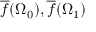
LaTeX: { \overline { { f } } } ( \Omega _ { 0 } ) , { \overline { { f } } } ( \Omega _ { 1 } )